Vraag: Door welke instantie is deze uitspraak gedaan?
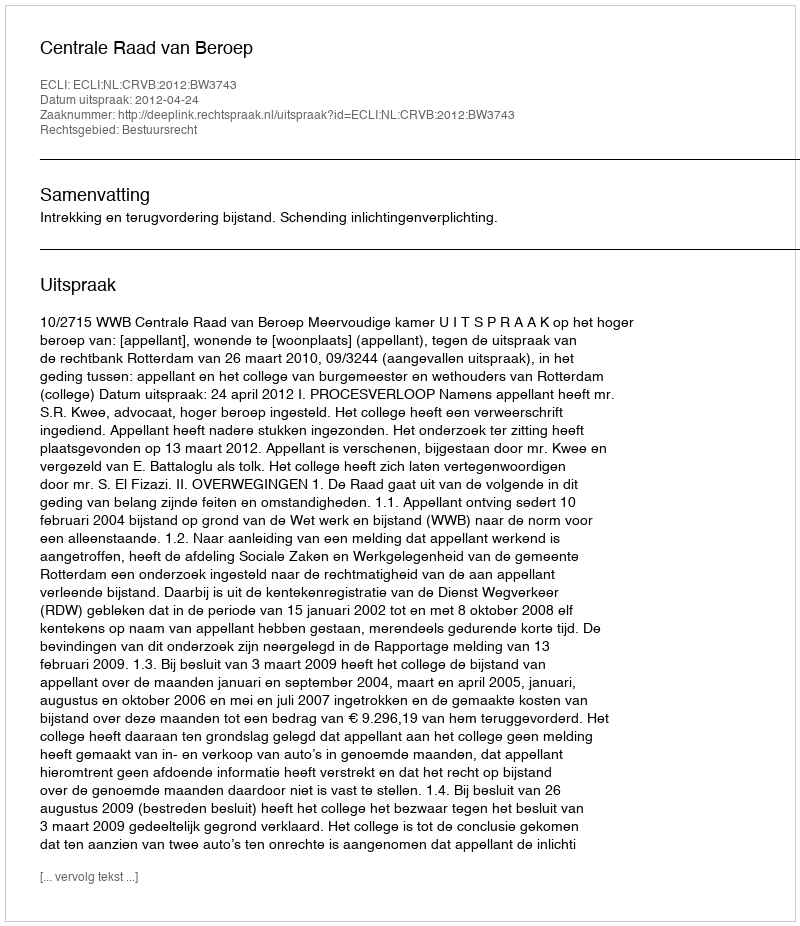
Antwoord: Centrale Raad van Beroep